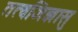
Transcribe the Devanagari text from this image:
तत्वजिज्ञासु